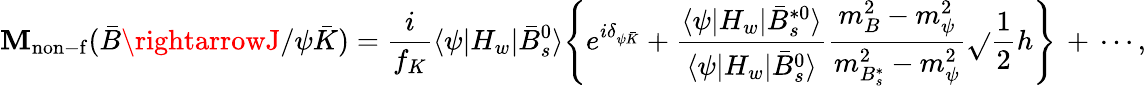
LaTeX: \mathbf{M}_{\mathrm{{non-f}}}(\bar{{B}}\rightarrowJ/\psi\bar{{K}})={\frac{{i}}{{f_{K}}}}\langle\psi|H_{w}|\bar{{B}}_{s}^{0}\rangle\Biggl\{ e^{i\delta_{\psi\bar{{K}}}}+{\frac{{\langle\psi|H_{w}|\bar{{B}}_{s}^{*0}\rangle}}{{\langle\psi|H_{w}|\bar{{B}}_{s}^{0}\rangle}}}{\frac{{m_{B}^{2}-m_{\psi}^{2}}}{{m_{B_{s}^{*}}^{2}-m_{\psi}^{2}}}}\sqrt{}{{\frac{{1}}{{2}}}}h\Biggr\} \, +\, \cdots,